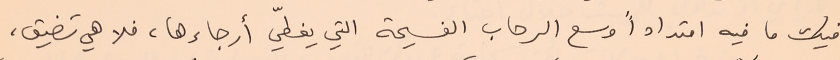
فيك ما فيه امتداداً وسع الرحاب الفسيحة التي يغطيّ أرجاءها، فلا هي تضيق،